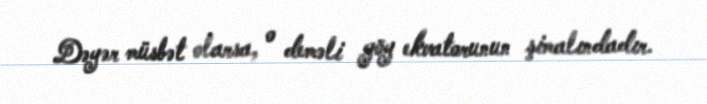
Dəyər müsbət olarsa, o deməli göy ekvatorunun şimalındadır.